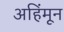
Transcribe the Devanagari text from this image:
अहिंमून